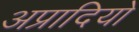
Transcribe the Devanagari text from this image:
अप्रादियो